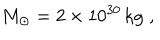
LaTeX: M _ { \odot } = 2 \times 1 0 ^ { 3 0 } \, \mathrm { k g } \; ,